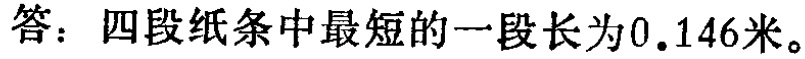
答：四段纸条中最短的一段长为\(0.146\)米。